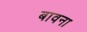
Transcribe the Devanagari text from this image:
बावना